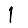
Digit: 1